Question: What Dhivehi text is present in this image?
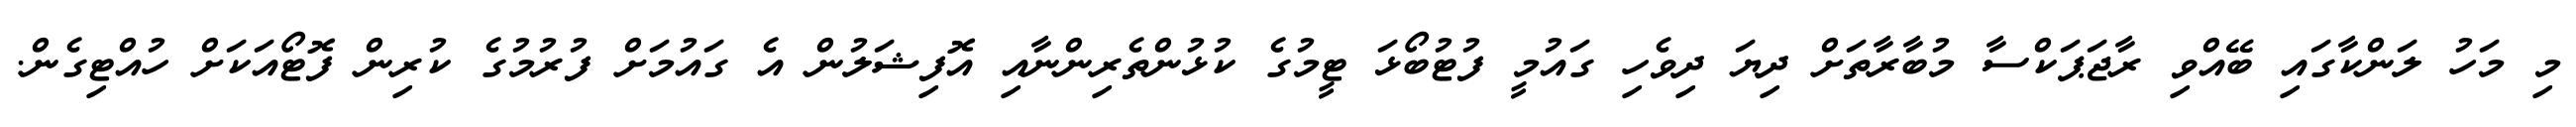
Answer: މި މަހު ލަންކާގައި ބޭއްވި ރާޖަޕަކްސާ މުބާރާތަށް ދިޔަ ދިވެހި ގައުމީ ފުޓުބޯޅަ ޓީމުގެ ކުޅުންތެރިންނާއި އޮފިޝަލުން އެ ގައުމަށް ފުރުމުގެ ކުރިން ފޮޓޯއަކަށް ހުއްޓިގެން.